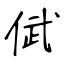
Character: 倵